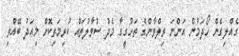
ގެއްލިގެން ހޯދަމުން އަންނަ ރިލްވާންގެ ތަހުގީގާ މެދު ސުވާލުތައް ކުރިމަތިކޮށް މިއަދު ބޭއްވި